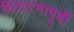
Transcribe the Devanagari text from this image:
विघटनापूर्वी